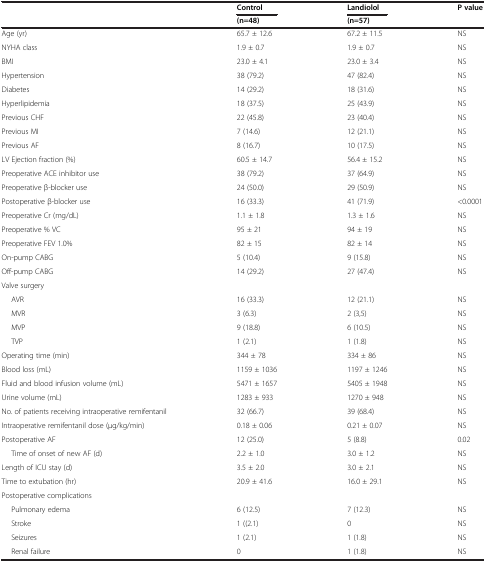
<table><thead><tr><td rowspan="2"><b> </b></td><td><b>Control</b></td><td><b>Landiolol</b></td><td rowspan="2"><b>P value</b></td></tr><tr><td><b>(n=48)</b></td><td><b>(n=57)</b></td></tr></thead><tbody><tr><td>Age (yr)</td><td>65.7 ± 12.6</td><td>67.2 ± 11.5</td><td>NS</td></tr><tr><td>NYHA class</td><td>1.9 ± 0.7</td><td>1.9 ± 0.7</td><td>NS</td></tr><tr><td>BMI</td><td>23.0 ± 4.1</td><td>23.0 ± 3.4</td><td>NS</td></tr><tr><td>Hypertension</td><td>38 (79.2)</td><td>47 (82.4)</td><td>NS</td></tr><tr><td>Diabetes</td><td>14 (29.2)</td><td>18 (31.6)</td><td>NS</td></tr><tr><td>Hyperlipidemia</td><td>18 (37.5)</td><td>25 (43.9)</td><td>NS</td></tr><tr><td>Previous CHF</td><td>22 (45.8)</td><td>23 (40.4)</td><td>NS</td></tr><tr><td>Previous MI</td><td>7 (14.6)</td><td>12 (21.1)</td><td>NS</td></tr><tr><td>Previous AF</td><td>8 (16.7)</td><td>10 (17.5)</td><td>NS</td></tr><tr><td>LV Ejection fraction (%)</td><td>60.5 ± 14.7</td><td>56.4 ± 15.2</td><td>NS</td></tr><tr><td>Preoperative ACE inhibitor use</td><td>38 (79.2)</td><td>37 (64.9)</td><td>NS</td></tr><tr><td>Preoperative β-blocker use</td><td>24 (50.0)</td><td>29 (50.9)</td><td>NS</td></tr><tr><td>Postoperative β-blocker use</td><td>16 (33.3)</td><td>41 (71.9)</td><td>&lt;0.0001</td></tr><tr><td>Preoperative Cr (mg/dL)</td><td>1.1 ± 1.8</td><td>1.3 ± 1.6</td><td>NS</td></tr><tr><td>Preoperative % VC</td><td>95 ± 21</td><td>94 ± 19</td><td>NS</td></tr><tr><td>Preoperative FEV 1.0%</td><td>82 ± 15</td><td>82 ± 14</td><td>NS</td></tr><tr><td>On-pump CABG</td><td>5 (10.4)</td><td>9 (15.8)</td><td>NS</td></tr><tr><td>Off-pump CABG</td><td>14 (29.2)</td><td>27 (47.4)</td><td>NS</td></tr><tr><td>Valve surgery</td><td> </td><td> </td><td> </td></tr><tr><td>AVR</td><td>16 (33.3)</td><td>12 (21.1)</td><td>NS</td></tr><tr><td>MVR</td><td>3 (6.3)</td><td>2 (3,5)</td><td>NS</td></tr><tr><td>MVP</td><td>9 (18.8)</td><td>6 (10.5)</td><td>NS</td></tr><tr><td>TVP</td><td>1 (2.1)</td><td>1 (1.8)</td><td>NS</td></tr><tr><td>Operating time (min)</td><td>344 ± 78</td><td>334 ± 86</td><td>NS</td></tr><tr><td>Blood loss (mL)</td><td>1159 ± 1036</td><td>1197 ± 1246</td><td>NS</td></tr><tr><td>Fluid and blood infusion volume (mL)</td><td>5471 ± 1657</td><td>5405 ± 1948</td><td>NS</td></tr><tr><td>Urine volume (mL)</td><td>1283 ± 933</td><td>1270 ± 948</td><td>NS</td></tr><tr><td>No. of patients receiving intraoperative remifentanil</td><td>32 (66.7)</td><td>39 (68.4)</td><td>NS</td></tr><tr><td>Intraoperative remifentanil dose (μg/kg/min)</td><td>0.18 ± 0.06</td><td>0.21 ± 0.07</td><td>NS</td></tr><tr><td>Postoperative AF</td><td>12 (25.0)</td><td>5 (8.8)</td><td>0.02</td></tr><tr><td>Time of onset of new AF (d)</td><td>2.2 ± 1.0</td><td>3.0 ± 1.2</td><td>NS</td></tr><tr><td>Length of ICU stay (d)</td><td>3.5 ± 2.0</td><td>3.0 ± 2.1</td><td>NS</td></tr><tr><td>Time to extubation (hr)</td><td>20.9 ± 41.6</td><td>16.0 ± 29.1</td><td>NS</td></tr><tr><td>Postoperative complications</td><td> </td><td> </td><td> </td></tr><tr><td>Pulmonary edema</td><td>6 (12.5)</td><td>7 (12.3)</td><td>NS</td></tr><tr><td>Stroke</td><td>1 ((2.1)</td><td>0</td><td>NS</td></tr><tr><td>Seizures</td><td>1 (2.1)</td><td>1 (1.8)</td><td>NS</td></tr><tr><td>Renal failure</td><td>0</td><td>1 (1.8)</td><td>NS</td></tr></tbody></table>